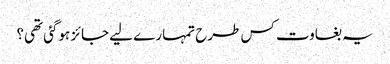
یہ بغاوت کس طرح تمہارے لیے جائز ہوگئی تھی؟